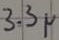
Text: 3.3µ